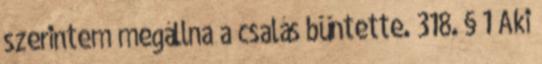
szerintem megállna a csalás büntette. 318. § 1 Aki